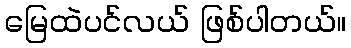
မြေထဲပင်လယ် ဖြစ်ပါတယ်။